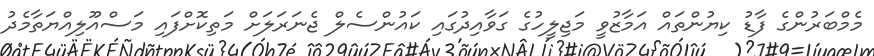
މެމްބަރުންގެ ފާޑު ކިޔުންތައް އަމާޒުވީ މަޖިލީހުގެ ގަވާއިދުގައި ކައުންސެލް ޖެނަރަލަށް މަތިކޮށްފައި މަސްއޫލިއްޔަތާމެދު